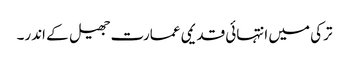
ترکی میں انتہائی قدیمی عمارت جھیل کے اندر۔